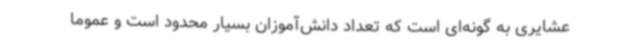
عشایری به گونه‌ای است که تعداد دانش‌آموزان بسیار محدود است و عموما